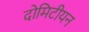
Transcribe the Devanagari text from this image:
दोमिटीयन